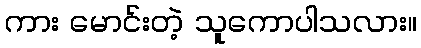
ကား မောင်းတဲ့ သူကောပါသလား။